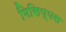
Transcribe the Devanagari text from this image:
मिसिप्पस